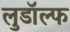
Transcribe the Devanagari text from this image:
लुडॉल्फ